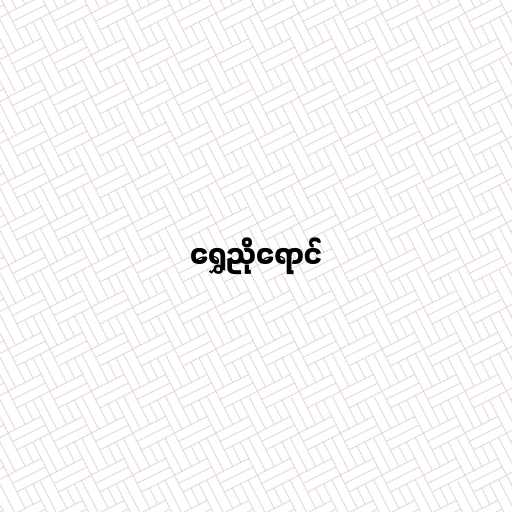
ရွှေညိုရောင်